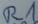
Text: R1